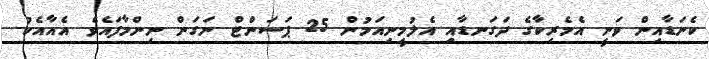
ކެނަޑާއިން ވަނީ އެމެރިކާގެ ދަގަނޑާއި އެލުމީނިއަމުން 25 ޕަސަންޓް ނަގަން ނިންމާފައެވެ. އެއާއެކު